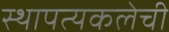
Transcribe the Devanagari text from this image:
स्थापत्यकलेची